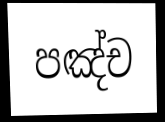
පඤ්ච